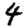
Digit: 4